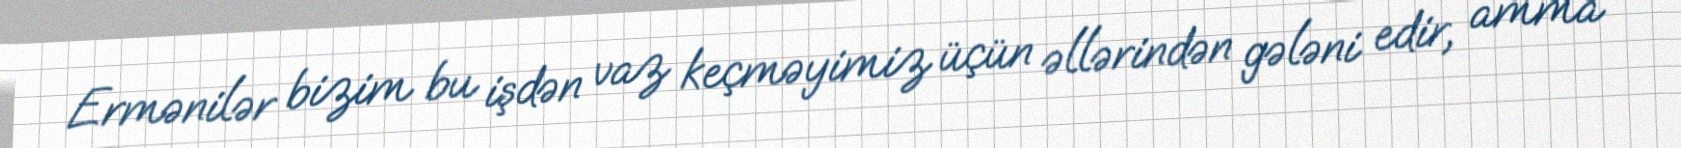
Ermənilər bizim bu işdən vaz keçməyimiz üçün əllərindən gələni edir, amma